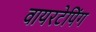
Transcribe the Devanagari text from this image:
वायरटेपिंग